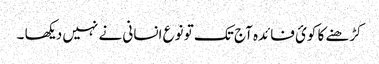
کڑھنے کا کوئ فائدہ آج تک تو نوع انسانی نے نہیں دیکھا ۔